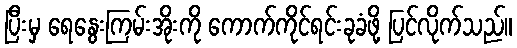
ပြီးမှ ရေနွေးကြမ်းအိုးကို ကောက်ကိုင်ရင်းခုခံဖို့ ပြင်လိုက်သည်။